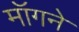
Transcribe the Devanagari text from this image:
मॉगने